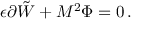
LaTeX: \epsilon \partial \tilde { W } + M ^ { 2 } \Phi = 0 \, .